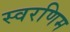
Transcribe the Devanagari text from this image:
स्वरणिम